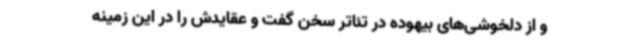
و از دلخوشی‌های بیهوده‌ در تئاتر سخن گفت و عقایدش را در این زمینه